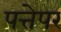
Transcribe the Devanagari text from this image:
पत्तेपर